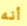
أنه